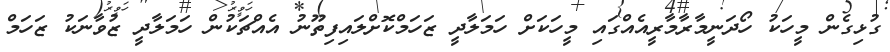
ގުޅިގެން މީހަކު ހޯދަނީމާރާމާރީއެއްގައި މީހަކަށް ހަމަލާދީ ޒަހަމްކޮށްލައިފިތޫނު އެއްޗަކުން ހަމަލާދީ ޒުވާނަކު ޒަހަމް